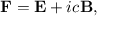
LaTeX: \mathbf { F } = \mathbf { E } + i c \mathbf { B } ,